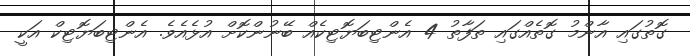
ގޮތުގައި އާންމު ގޮތެއްގައި ތަފާތު 4 އެންޓިބަޔޮޓިކެއް ބޭނުންކޮށް އުޅެއެވެ. އެންޓިބަޔޮޓިކް އަކީ